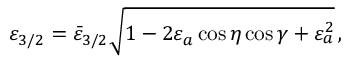
\varepsilon _ { 3 / 2 } = \bar { \varepsilon } _ { 3 / 2 } \sqrt { 1 - 2 \varepsilon _ { a } \cos \eta \cos \gamma + \varepsilon _ { a } ^ { 2 } } \, ,